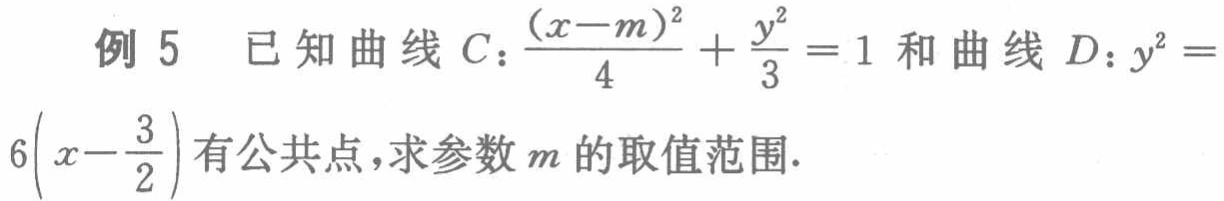
例 5 已知曲线 \(C:\frac{(x - m)^2}{4}+\frac{y^2}{3}=1\) 和曲线 \(D:y^2 = 6\left(x-\frac{3}{2}\right)\) 有公共点，求参数 \(m\) 的取值范围.